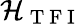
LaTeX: \mathcal{H}_{\mathrm{~T~F~I~}}